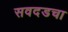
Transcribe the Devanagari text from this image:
सवदडचा